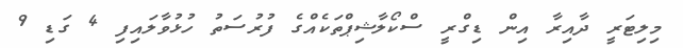
މިލިޓަރީ ދާއިރާ އިން ޑިގްރީ ސްކޯލާޝިޕްތަކެއްގެ ފުރުސަތު ހުޅުވާލައިފި 4 ގަޑި 9